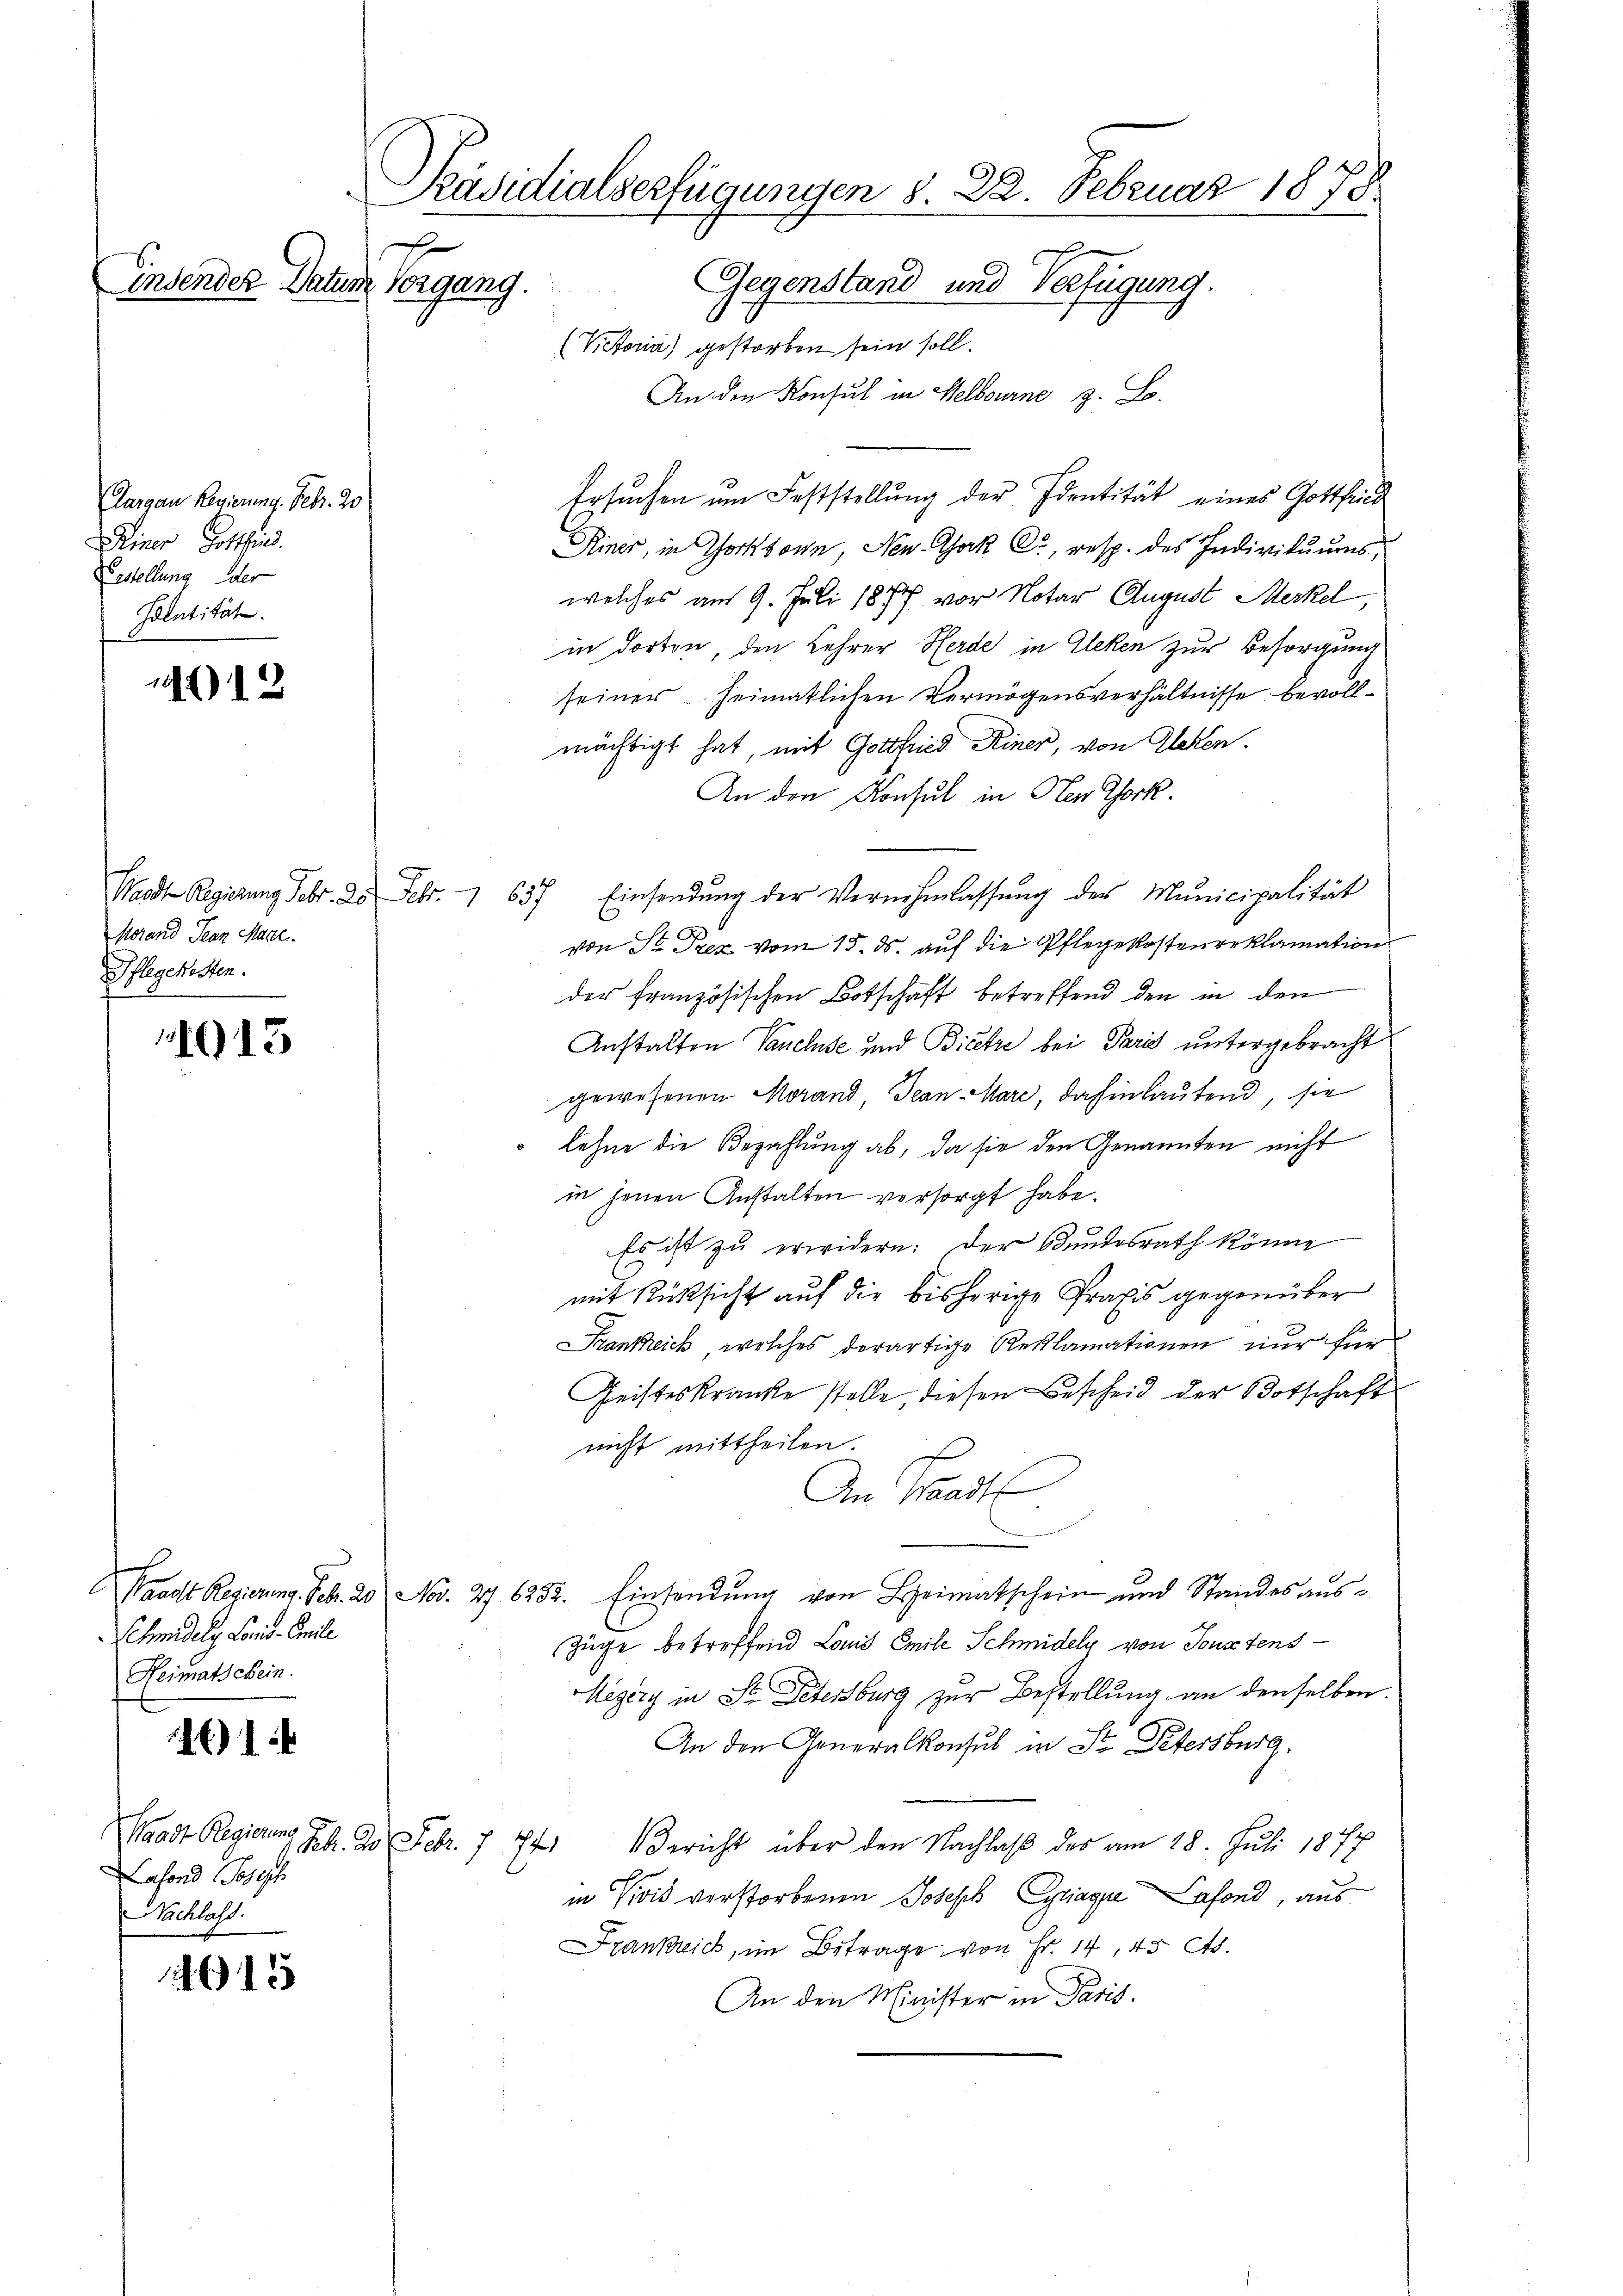
Aargau Regierung. Febr. 20
Deiner Gottfind.
Erstellung der
Jolntität.

)12

1915

1

15

insender Datum Vorgang.

Morand Pron Mace.
Pflegekosten.

Schmidelig Cocis, Anile
Heimatschein.

Waadt Regierung
afond Joseph
Nachlass

Präsidialserfügungen S. 22. Februar 1878
Gegenstand und Verfügung.
(Victoria) gestorben sein soll.

An den Konsul in Melbourne z. B.
Ersuchen um Feststellung der Identität eines Gottfind
Riner, in Thorttonn, New-York Cr, resp. des Individuums,
welches am 9. Juli 1877 vor Notar August Merkel,
in dorten, den Lehrer Herde in Eleken zur Besorgung
seiner heimatlichen Vermögensverhältnisse bevollmächtigt hat, mit Gottfried Diner, von Aleken.
An den Konsul in Herr Chork.
Waadt Regierung Febr. 25 Febr. 1 637. Einsendŭng der Vernehmlassŭng der Municipalität
von St. Prez vom 15. ds. auf die Pflegekostenreklamation
der französischen Botschaft betreffend den in den
Anstalten Vancluse und Bicere bei Paris untergebracht
gewesenen Morand Jean Mare, dahinlautend, sie
Lehne die Bezahlung ab, da sie den Genannten nicht
in jenen Anstalten versorgt habe.
Es ist zu erwidern: Der Bundesrath könne
mit Rücksicht auf die bisherige Praxis gegenüber
Krankheick, welches derartige Reklamationen nur für
Geisteskranke stelle, diesen Bescheid der Botschaft
nicht mittheilen.
An Stadt
Waadt Regierung. Febr. 20 Nov. 27 6252. Einsendŭng von Heimatschein und Standes aŭs-
Züge betreffend Louis Emile Schmidely von Sonstens
Megéry in St. Petersburg zur Bestellung an denselben
An den Generalkonsul in St. Petersburg,
Bb. 2. Febr. 7 771 Bericht über den Nachlaβ des am 28. Juli 1877
in Civil verstorbenen Joseph Cyriage Safond, aus
Frankreich, im Betrage von Fr. 14, 45 Cts.
An den Minister in Paris.